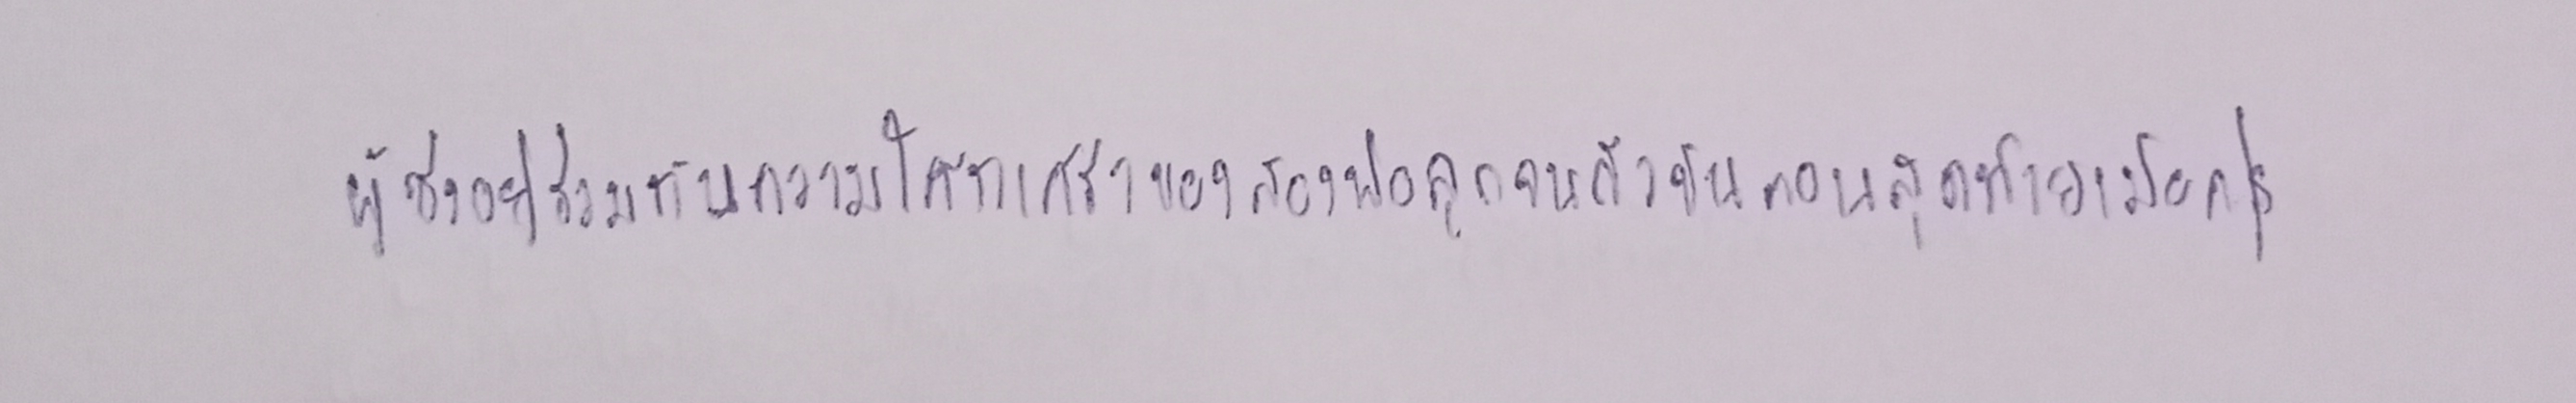
ผู้ซึ่งอยู่ร่วมกับความโศกเศร้าของสองพ่อลูกจนถึงขั้นตอนสุดท้ายเมื่อครู่